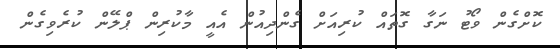
ކޮށްގެން ވޯޓު ނަގާ ގޮތައް ކުރިއަށް ގެންދިއުން އެއީ މާކުރިން ޕްލޭން ކުރެވިގެން